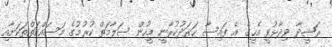
ރަޝީދާ ވިދާޅުވީ އެހީގެ އެ ފައިސާ ހަރަދުކުރާނީ މީހުން ސަލާމަތް ކުރުމުގެ މަސައްކަތްތަކަށާއި